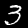
Digit: 3